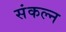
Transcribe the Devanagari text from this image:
संकल्न